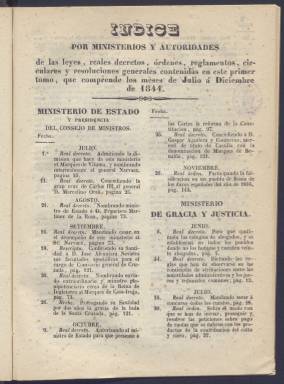
Título: El Correo de Valladolid (Valladolid)
Otros títulos: Guía de las sociedades de socorros mutuos
Colección: Periódicos anteriores a 1850
Ámbito geográfico: Valladolid
Lugar de publicación: Valladolid
Fechas: 01/01/1844-15/06/1845